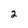
Character: 2